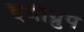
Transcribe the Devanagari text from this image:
इजीग्रुप